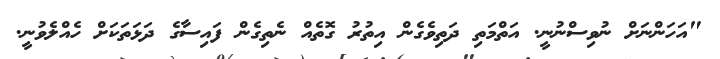
"އަހަންނަށް ނުވިސްނުނީ. އަތްމަތި ދަތިވެގެން އިތުރު ގޮތެއް ނެތިގެން ފައިސާގެ ދަޅަތަކަށް ހެއްލެވުނީ.